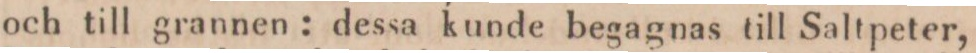
och till grannen: dessa kunde begagnas till Saltpeter,